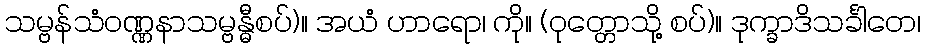
သမ္ဗန်သံဝဏ္ဏနာသမ္ဗန္ဓီစပ်)။ အယံ ဟာရော၊ ကို။ (ဝုတ္တောသို့ စပ်)။ ဒုက္ခာဒိသင်္ခါတေ၊